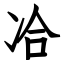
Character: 冾